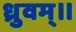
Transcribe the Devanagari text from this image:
ध्रुवम्।।